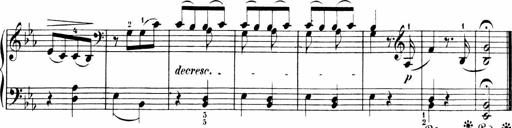
Title: 6 Sonatinas
Composer: Carl Reinecke